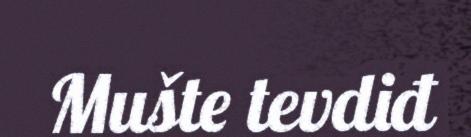
Mušte tevdiđ